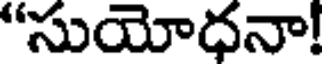
"సుయోధనా!